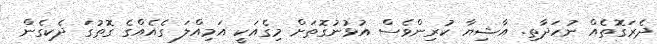
ދެރަގޮތެއް ނުހަދާތި. އާޝިޔާ ކުރިންވެސް އުޅުނުގޮތަށް މިގެއަކީ އަމިއްލަ ގެއެއްގެ ގޮތުގަ ދެކިގެން